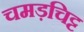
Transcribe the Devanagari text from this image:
चमड़चिट्ट